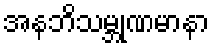
အနဘိသမ္ဘုဏမာနာ